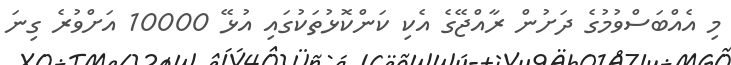
މި އެއްބަސްވުމުގެ ދަށުން ރާއްޖޭގެ އެކި ކަންކޮޅުތަކުގައި އުޅޭ 10000 އަށްވުރެ ގިނަ